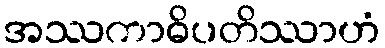
အဿကာဓိပတိဿာဟံ